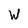
Character: W